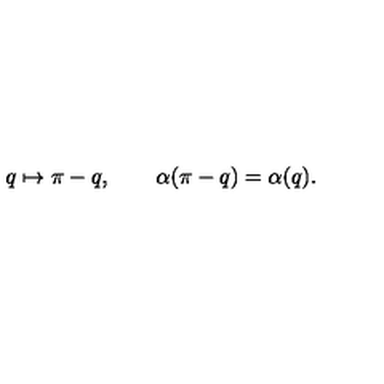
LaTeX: q \mapsto \pi - q , \qquad \alpha ( \pi - q ) = \alpha ( q ) .